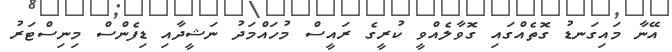
އޭނާ މައިގަނޑު ގޮތެއްގައި ގޮވާލެއްވީ ކުރީގެ ރައީސް މުހައްމަދު ނަޝީދާއި ޑިފެންސް މިނިސްޓަރު